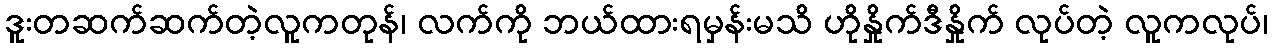
ဒူးတဆက်ဆက်တဲ့လူကတုန်၊ လက်ကို ဘယ်ထားရမှန်းမသိ ဟိုနှိုက်ဒီနှိုက် လုပ်တဲ့ လူကလုပ်၊